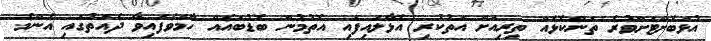
އުޅަބޮށްޓަށްވުރެ ތަންކޮޅެއް ތިރިއަށް އަތުކުރި އޮޅާލައިފައި އޮތުމުން ބޮޑުބައެއް ހާމަވެފައިވާ ދެއަތުގައި އެންމެ